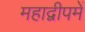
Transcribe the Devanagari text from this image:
महाद्वीपमें